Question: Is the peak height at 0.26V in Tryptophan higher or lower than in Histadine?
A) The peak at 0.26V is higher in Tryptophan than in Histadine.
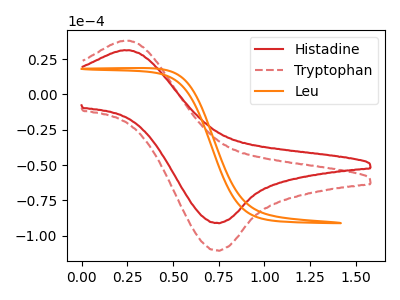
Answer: <think>The red curve "Histadine" has an anodic peak at (0.25V, 31.35uA) and a cathodic peak at (0.75V, -90.90uA). The red dashed curve "Tryptophan" has an anodic peak at (0.25V, 38.05uA) and a cathodic peak at (0.75V, -110.35uA). The orange curve "Leu" has no peaks.</think>
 <answer>A) The peak at 0.26V is higher in "Tryptophan" than in "Histadine".</answer>
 <eval>A</eval>